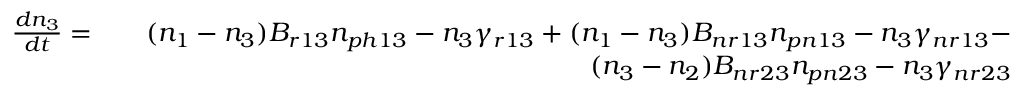
\begin{array} { r l r } { \frac { d n _ { 3 } } { d t } = } & { } & { ( n _ { 1 } - n _ { 3 } ) B _ { r 1 3 } n _ { p h 1 3 } - n _ { 3 } \gamma _ { r 1 3 } + ( n _ { 1 } - n _ { 3 } ) B _ { n r 1 3 } n _ { p n 1 3 } - n _ { 3 } \gamma _ { n r 1 3 } - } \\ & { } & { ( n _ { 3 } - n _ { 2 } ) B _ { n r 2 3 } n _ { p n 2 3 } - n _ { 3 } \gamma _ { n r 2 3 } } \end{array}